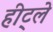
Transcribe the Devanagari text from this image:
हीट्ले